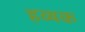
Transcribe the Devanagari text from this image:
हव्यक